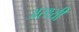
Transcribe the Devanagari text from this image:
अस्थ्यी